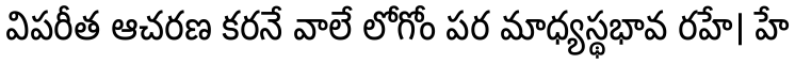
విపరీత ఆచరణ కరనే వాలే లోగోం పర మాధ్యస్థభావ రహే। హే